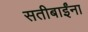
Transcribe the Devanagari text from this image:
सतीबाईंना